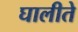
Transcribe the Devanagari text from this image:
घालीते